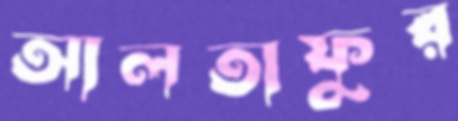
আলতাফুর